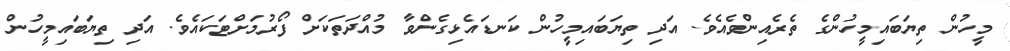
މީހުން ތިޔަބައިމީހުންގެ ތެރެއިންވެއެވެ. އަދި ތިޔަބައިމީހުން ކަނޑައެޅިގެންވާ މުއްދަތަކަށް ފޯރުމަށްޓަކައެވެ. އަދި ތިޔަބައިމީހުން